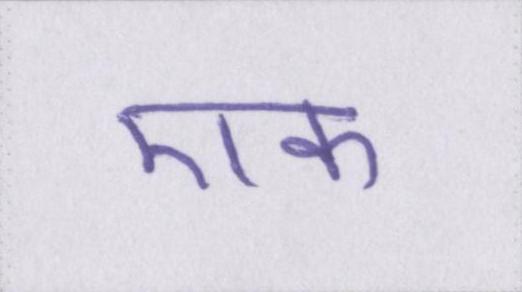
एक